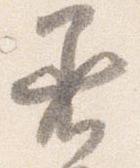
着